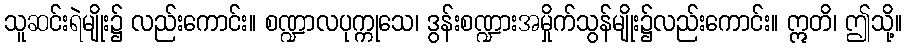
သူဆင်းရဲမျိုး၌ လည်းကောင်း။ စဏ္ဍာလပုက္ကုသေ၊ ဒွန်းစဏ္ဍားအမှိုက်သွန်မျိုး၌လည်းကောင်း။ ဣတိ၊ ဤသို့။